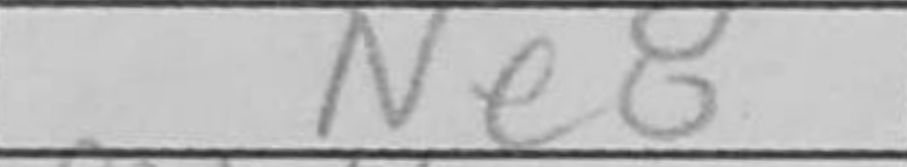
Transcription: Ne8